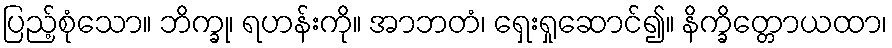
ပြည့်စုံသော။ ဘိက္ခု၊ ရဟန်းကို။ အာဘတံ၊ ရှေးရှုဆောင်၍။ နိက္ခိတ္တောယထာ၊